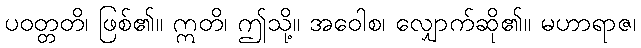
ပဝတ္တတိ၊ ဖြစ်၏။ ဣတိ၊ ဤသို့။ အဝေါစ၊ လျှောက်ဆို၏။ မဟာရာဇ၊